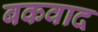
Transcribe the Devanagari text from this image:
बकवाद